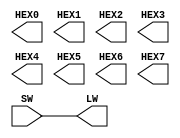
module pratica3(SW, LW, HEX0, HEX1, HEX2, HEX3, HEX4, HEX5, HEX6, HEX7);
	input [17:0]SW;
	output wire [17:0]LW;
	output wire [0:6]HEX5,  HEX7, HEX6, HEX4, HEX3, HEX2, HEX1, HEX0 ;
	wire [15:0]reg1;
	wire [15:0]reg2;
	wire [15:0]CDB;
	wire [15:0]instruction;
	wire [15:0]adders;
	wire [15:0]multipliers;
	
	//LW[] =>
	//SW[] =>
	//HEX0 = reg1
	//HEX1 = reg2
	//HEX2 = adders
	//HEX3 = multipliers
	//HEX4 = 
	//HEX5 = 
	//HEX6 = CDB
	//HEX7 = instruction
	
	
	assign LW = SW;

endmodule